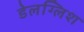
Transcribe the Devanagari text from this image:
डेलग्लिश